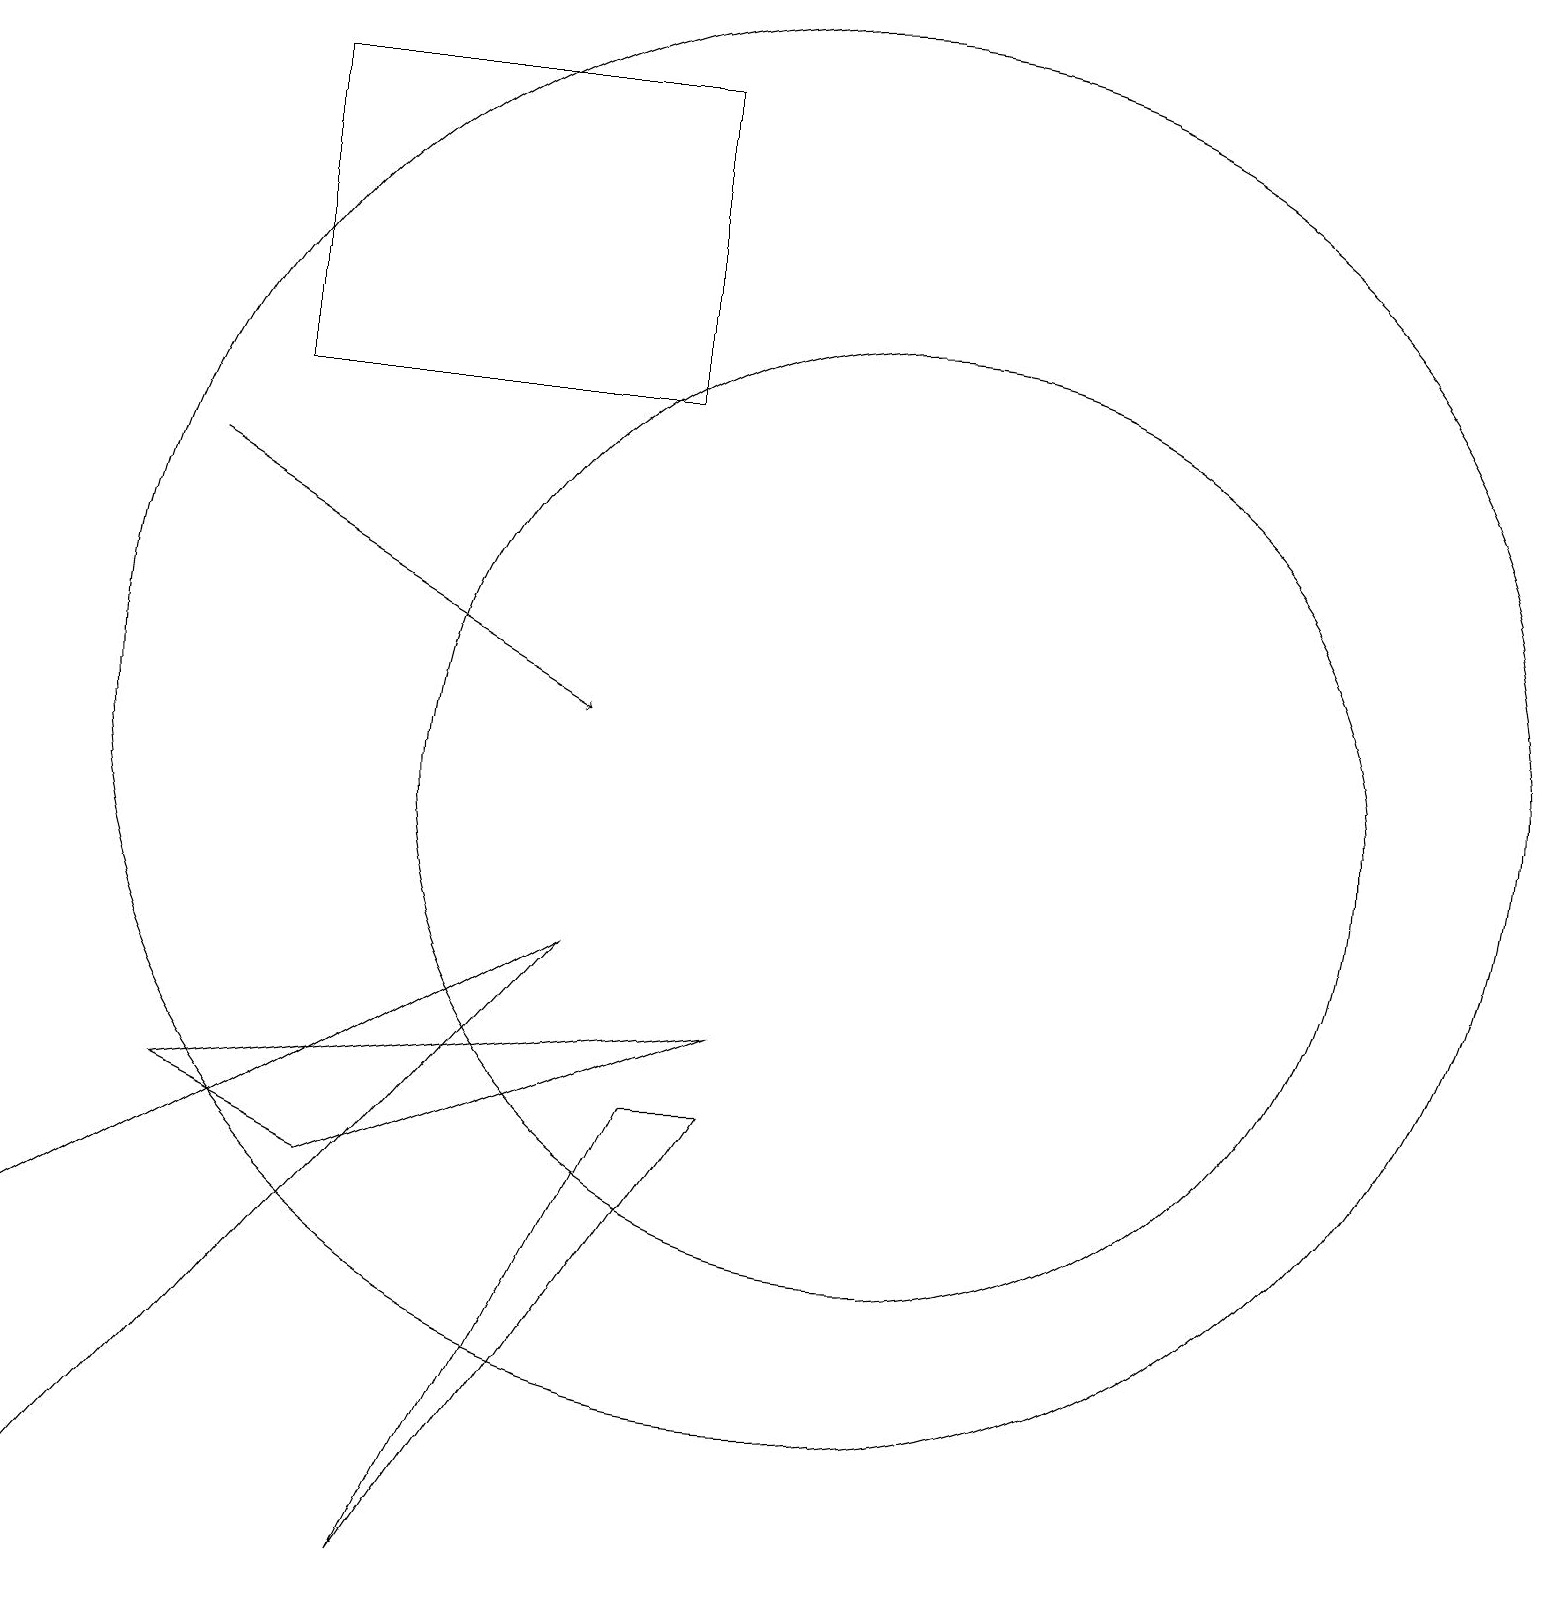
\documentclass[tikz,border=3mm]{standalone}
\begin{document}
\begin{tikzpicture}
\draw (7,8) -- (0,0) -- (0,4) -- cycle;
\draw (10,11) circle (9);
\draw (5,0) -- (9,6) -- (8,6) -- cycle;
\draw (3,15) rectangle (8,19);
\draw[->] (2,14) -- (7,11);
\draw (4,5) -- (9,7) -- (2,6) -- cycle;
\draw (11,10) circle (6);
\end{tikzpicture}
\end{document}